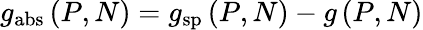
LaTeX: g_{\mathrm{abs}}\left(P,N\right)=g_{\mathrm{sp}}\left(P,N\right)-g\left(P,N\right)